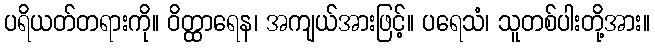
ပရိယတ်တရားကို။ ဝိတ္ထာရေန၊ အကျယ်အားဖြင့်။ ပရေသံ၊ သူတစ်ပါးတို့အား။